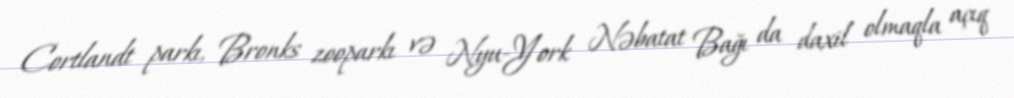
Cortlandt parkı, Bronks zooparkı və Nyu-York Nəbatat Bağı da daxil olmaqla açıq